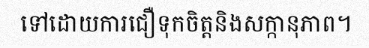
ទៅដោយការជឿទុកចិត្តនិងសក្កានុភាព។